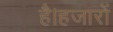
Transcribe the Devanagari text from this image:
है।हजारों